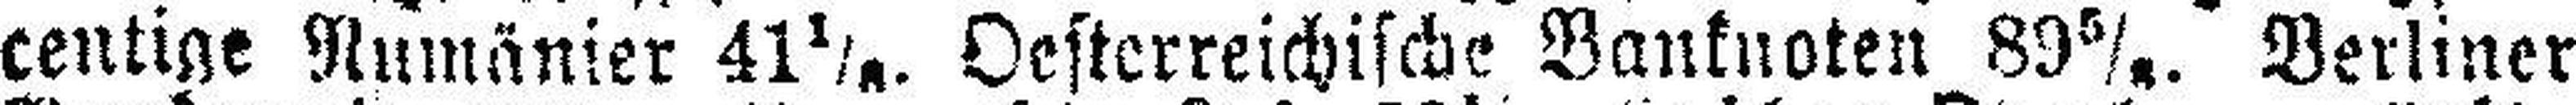
centige Rumänier 41 1/8. Oesterreichische Banknoten 89 5/8. Berliner